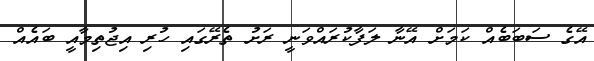
އޭގެ ސަބަބެއް ކަމަށް އޭނާ ލަފާކުރައްވަނީ ރަށު ތެރޭގައި ހުރި އިޖުތިމާއީ ބައެއް